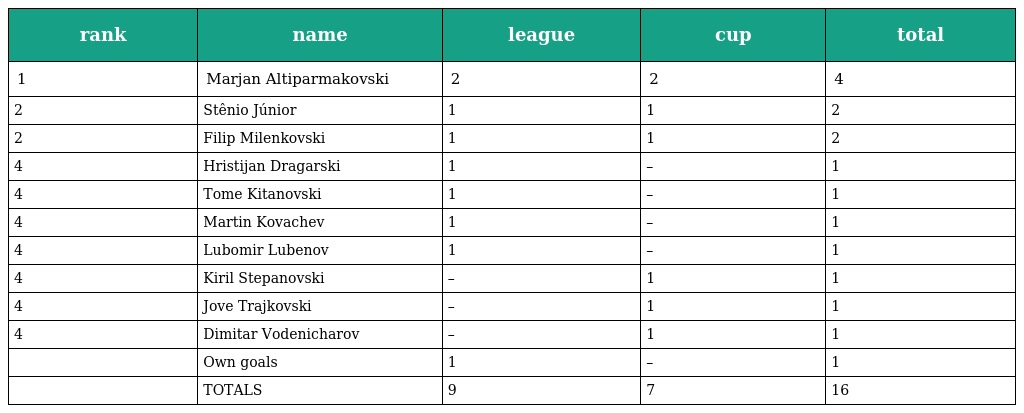
| rank | name | league | cup | total |
 | --- | --- | --- | --- | --- |
 | 1 | Marjan Altiparmakovski | 2 | 2 | 4 |
 | 2 | Stênio Júnior | 1 | 1 | 2 |
 | 2 | Filip Milenkovski | 1 | 1 | 2 |
 | 4 | Hristijan Dragarski | 1 | – | 1 |
 | 4 | Tome Kitanovski | 1 | – | 1 |
 | 4 | Martin Kovachev | 1 | – | 1 |
 | 4 | Lubomir Lubenov | 1 | – | 1 |
 | 4 | Kiril Stepanovski | – | 1 | 1 |
 | 4 | Jove Trajkovski | – | 1 | 1 |
 | 4 | Dimitar Vodenicharov | – | 1 | 1 |
 |  | Own goals | 1 | – | 1 |
 |  | TOTALS | 9 | 7 | 16 |